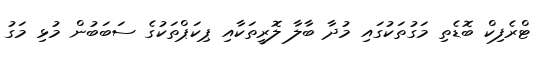
ޓްރެފިކް ބޮޑެތި މަގުތަކުގައި މުދާާ ބާލާ ލޮރީތަކާއި ޕިކަަޕްތަކުގެ ސަބަބުން މުޅި މަގު